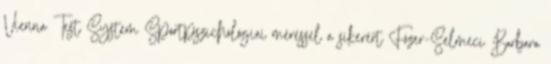
Vienna Test System Sportpszichológiai méréssel a sikerért Fózer-Selmeci Barbara